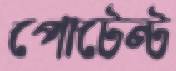
পোটেন্ট